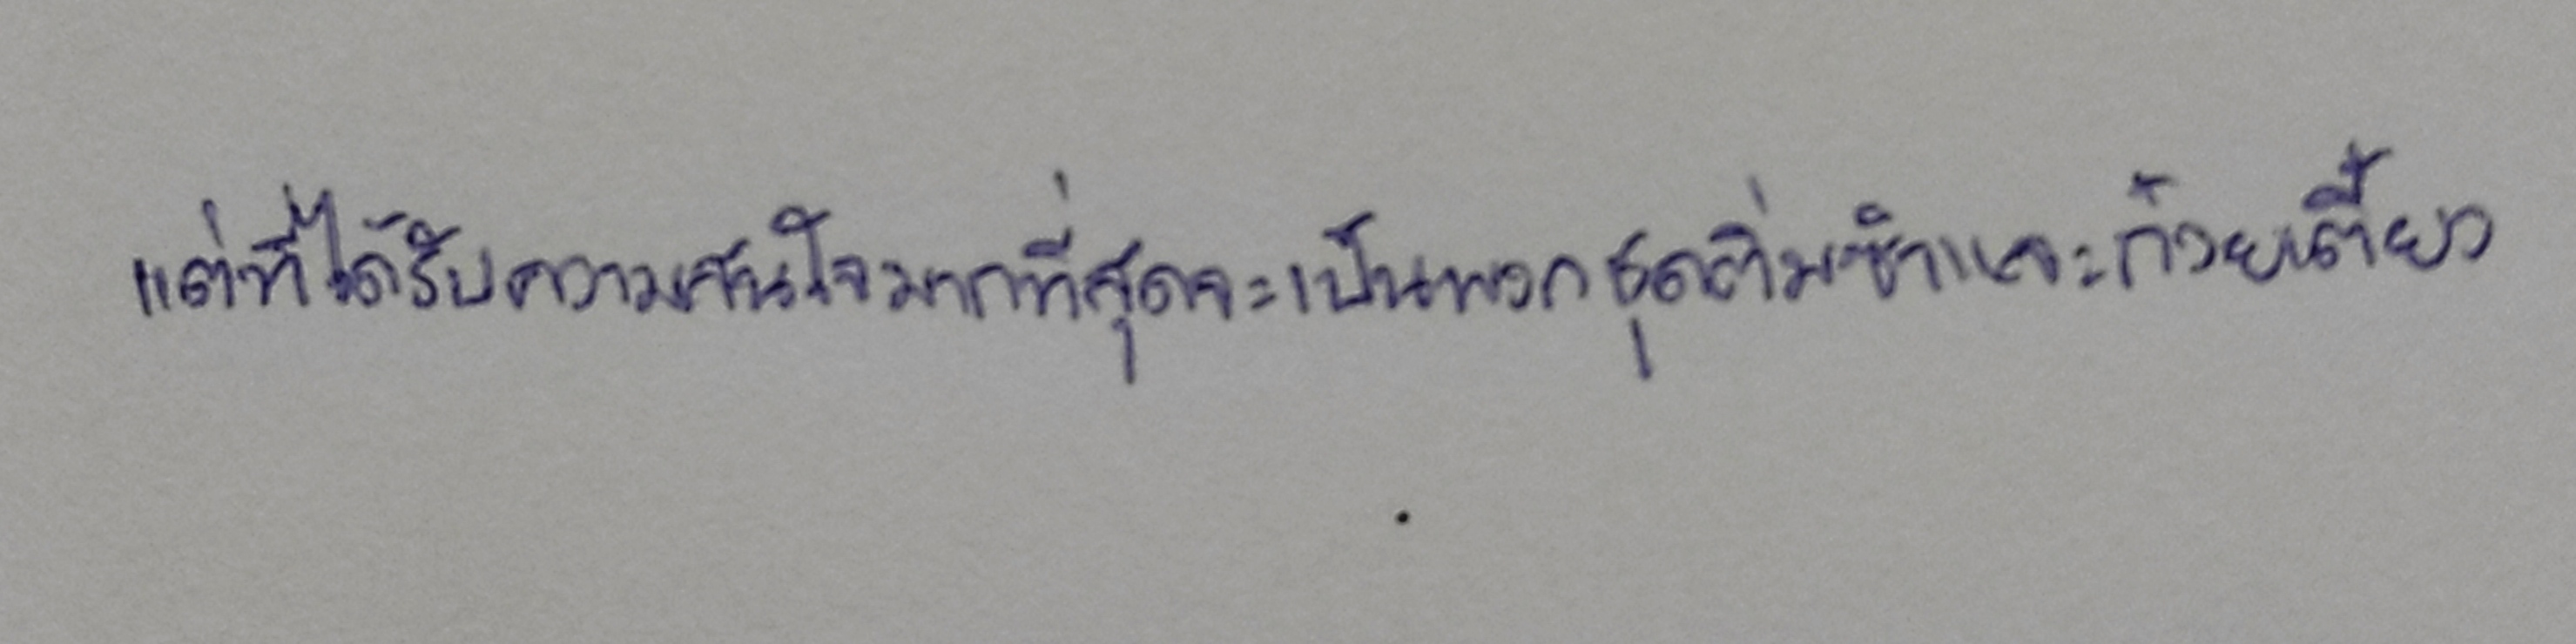
แต่ที่ได้รับความสนใจมากที่สุดจะเป็นพวกชุดติ่มซำและก๋วยเตี๋ยว"